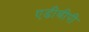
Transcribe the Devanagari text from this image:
एडीबीपी